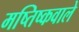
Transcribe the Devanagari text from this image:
मष्तिष्कवाले